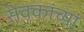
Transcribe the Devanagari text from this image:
सेवकांच्या